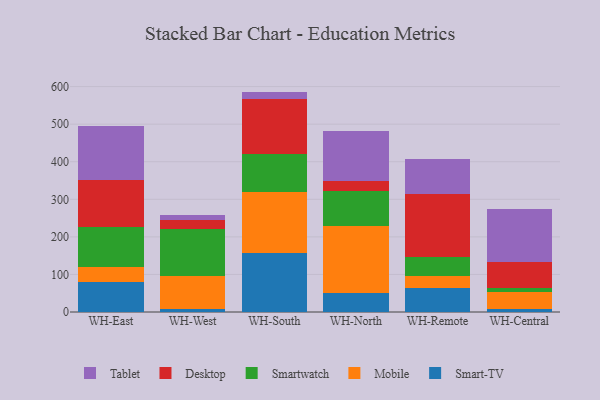
{"axis": {"x": "Warehouse", "y": "Tickets Resolved"}, "legend": ["Desktop", "Mobile", "Smart-TV", "Smartwatch", "Tablet"], "data": [{"x": "WH-East", "y": 78.8, "type": "Smart-TV"}, {"x": "WH-East", "y": 41.3, "type": "Mobile"}, {"x": "WH-East", "y": 106.6, "type": "Smartwatch"}, {"x": "WH-East", "y": 123.7, "type": "Desktop"}, {"x": "WH-East", "y": 145.5, "type": "Tablet"}, {"x": "WH-West", "y": 7.1, "type": "Smart-TV"}, {"x": "WH-West", "y": 87.8, "type": "Mobile"}, {"x": "WH-West", "y": 125.2, "type": "Smartwatch"}, {"x": "WH-West", "y": 24.4, "type": "Desktop"}, {"x": "WH-West", "y": 13.1, "type": "Tablet"}, {"x": "WH-South", "y": 156.1, "type": "Smart-TV"}, {"x": "WH-South", "y": 163.6, "type": "Mobile"}, {"x": "WH-South", "y": 101.0, "type": "Smartwatch"}, {"x": "WH-South", "y": 146.1, "type": "Desktop"}, {"x": "WH-South", "y": 19.9, "type": "Tablet"}, {"x": "WH-North", "y": 49.8, "type": "Smart-TV"}, {"x": "WH-North", "y": 179.8, "type": "Mobile"}, {"x": "WH-North", "y": 91.3, "type": "Smartwatch"}, {"x": "WH-North", "y": 27.4, "type": "Desktop"}, {"x": "WH-North", "y": 133.7, "type": "Tablet"}, {"x": "WH-Remote", "y": 62.7, "type": "Smart-TV"}, {"x": "WH-Remote", "y": 33.8, "type": "Mobile"}, {"x": "WH-Remote", "y": 49.2, "type": "Smartwatch"}, {"x": "WH-Remote", "y": 168.9, "type": "Desktop"}, {"x": "WH-Remote", "y": 93.7, "type": "Tablet"}, {"x": "WH-Central", "y": 6.9, "type": "Smart-TV"}, {"x": "WH-Central", "y": 46.7, "type": "Mobile"}, {"x": "WH-Central", "y": 10.4, "type": "Smartwatch"}, {"x": "WH-Central", "y": 70.2, "type": "Desktop"}, {"x": "WH-Central", "y": 141.1, "type": "Tablet"}]}